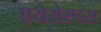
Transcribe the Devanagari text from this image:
एयेरोस्पस